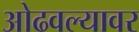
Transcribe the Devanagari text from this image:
ओढवल्यावर